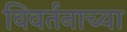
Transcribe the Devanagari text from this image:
विवर्तनाच्या